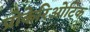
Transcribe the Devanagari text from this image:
प्रोकेरिओटिक